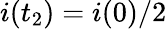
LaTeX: i(t_{2})=i(0)/2